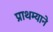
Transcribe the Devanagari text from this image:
प्राथम्याने